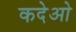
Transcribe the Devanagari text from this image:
कदेओ